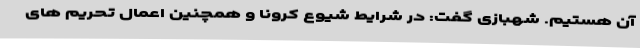
آن هستیم. شهبازی گفت: در شرایط شیوع کرونا و همچنین اعمال تحریم های